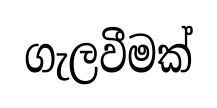
ගැලවීමක්